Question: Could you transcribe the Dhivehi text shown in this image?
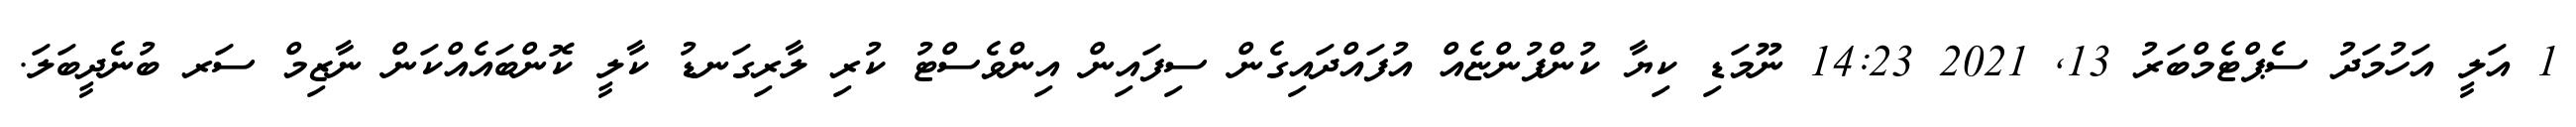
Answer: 1 އަލީ އަހުމަދު ސެޕްޓެމްބަރު 13, 2021 14:23 ނޫމަޑި ކިޔާ ކުންފުންޏެއް އުފައްދައިގެން ސިފައިން އިންވެސްޓު ކުރި ލާރިގަނޑު ކާލީ ކޮންބައެއްކަން ނާޒިމް ސަރ ބުނެދީބަލަ.